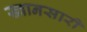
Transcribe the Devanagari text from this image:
ख्वानसारी